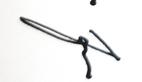
Signature authenticity: genuine